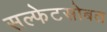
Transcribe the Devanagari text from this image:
सल्फेटसोबत